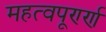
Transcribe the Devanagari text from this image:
महत्वपूर्ण्ण